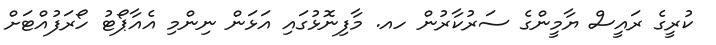
ކުރީގެ ރައީސް ޔާމީންގެ ސަރުކާރުން ހއ. މާފިނޮޅުގައި އަޅަން ނިންމި އެއާޕޯޓު ހޯރަފުއްޓަށް